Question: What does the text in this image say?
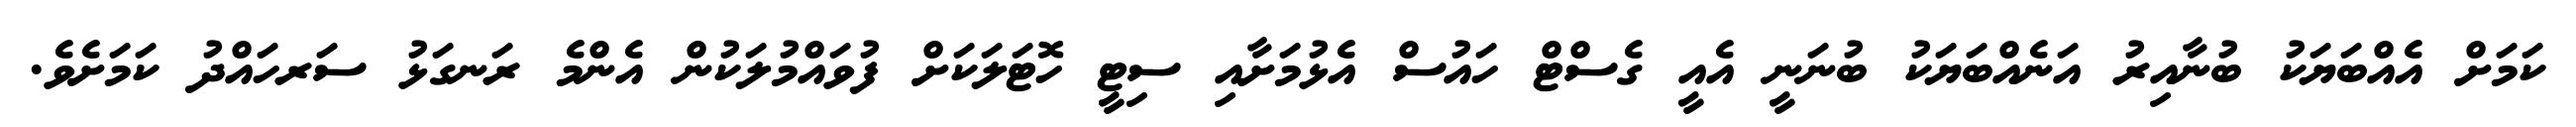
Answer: ކަމަށް އެއްބަޔަކު ބުނާއިރު އަނެއްބަޔަކު ބުނަނީ އެއީ ގެސްޓް ހައުސް އެޅުމަށާއި ސިޓީ ހޮޓަލަކަށް ފުވައްމުލަކުން އެންމެ ރަނގަޅު ސަރހައްދު ކަމަށެވެ.